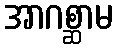
အာဂစ္ဆာမ